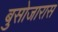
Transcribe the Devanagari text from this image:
बुसोजारास